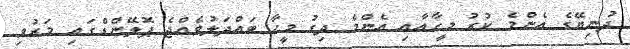
ދުނިޔޭގެ އެންމެ ކުރު މީީހާއާއި އެންމެ ދިގު މީހާ ބައްދަލުވެއްޖެ ޕޮލޭންޑްގައި މަރުވި